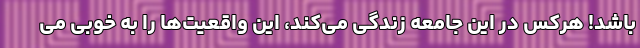
باشد! هرکس در این جامعه زندگی می‌کند، این واقعیت‌ها را به خوبی می